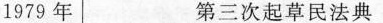
1979年 第三次起草民法典